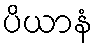
ပိယာနံ